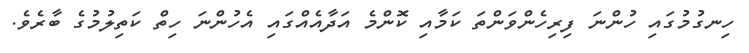
ހިނގުމުގައި ހުންނަ ފިރިހެންވަންތަ ކަމާއި ކޮންމެ އަދާއެއްގައި އެހުންނަ ހިތް ކަތިލުމުގެ ބާރެވެ.